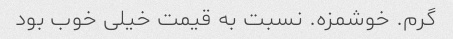
گرم. خوشمزه. نسبت به قیمت خیلی خوب بود